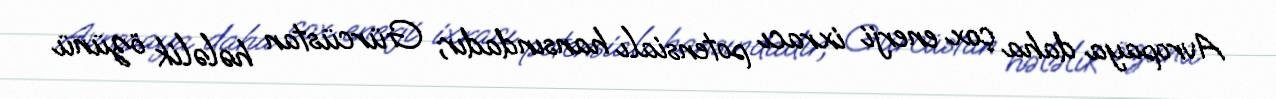
Avropaya daha çox enerji ixracı potensialı hansındadır; Gürcüstan hələlik özünü